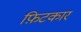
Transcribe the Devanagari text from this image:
फ़िटकार